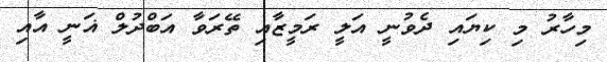
މިހާރު މި ކިޔައި ދެވުނީ އަލީ ރަމީޒާއި ތޭރަވާ އަބްދުލް ޣަނީ އާއި